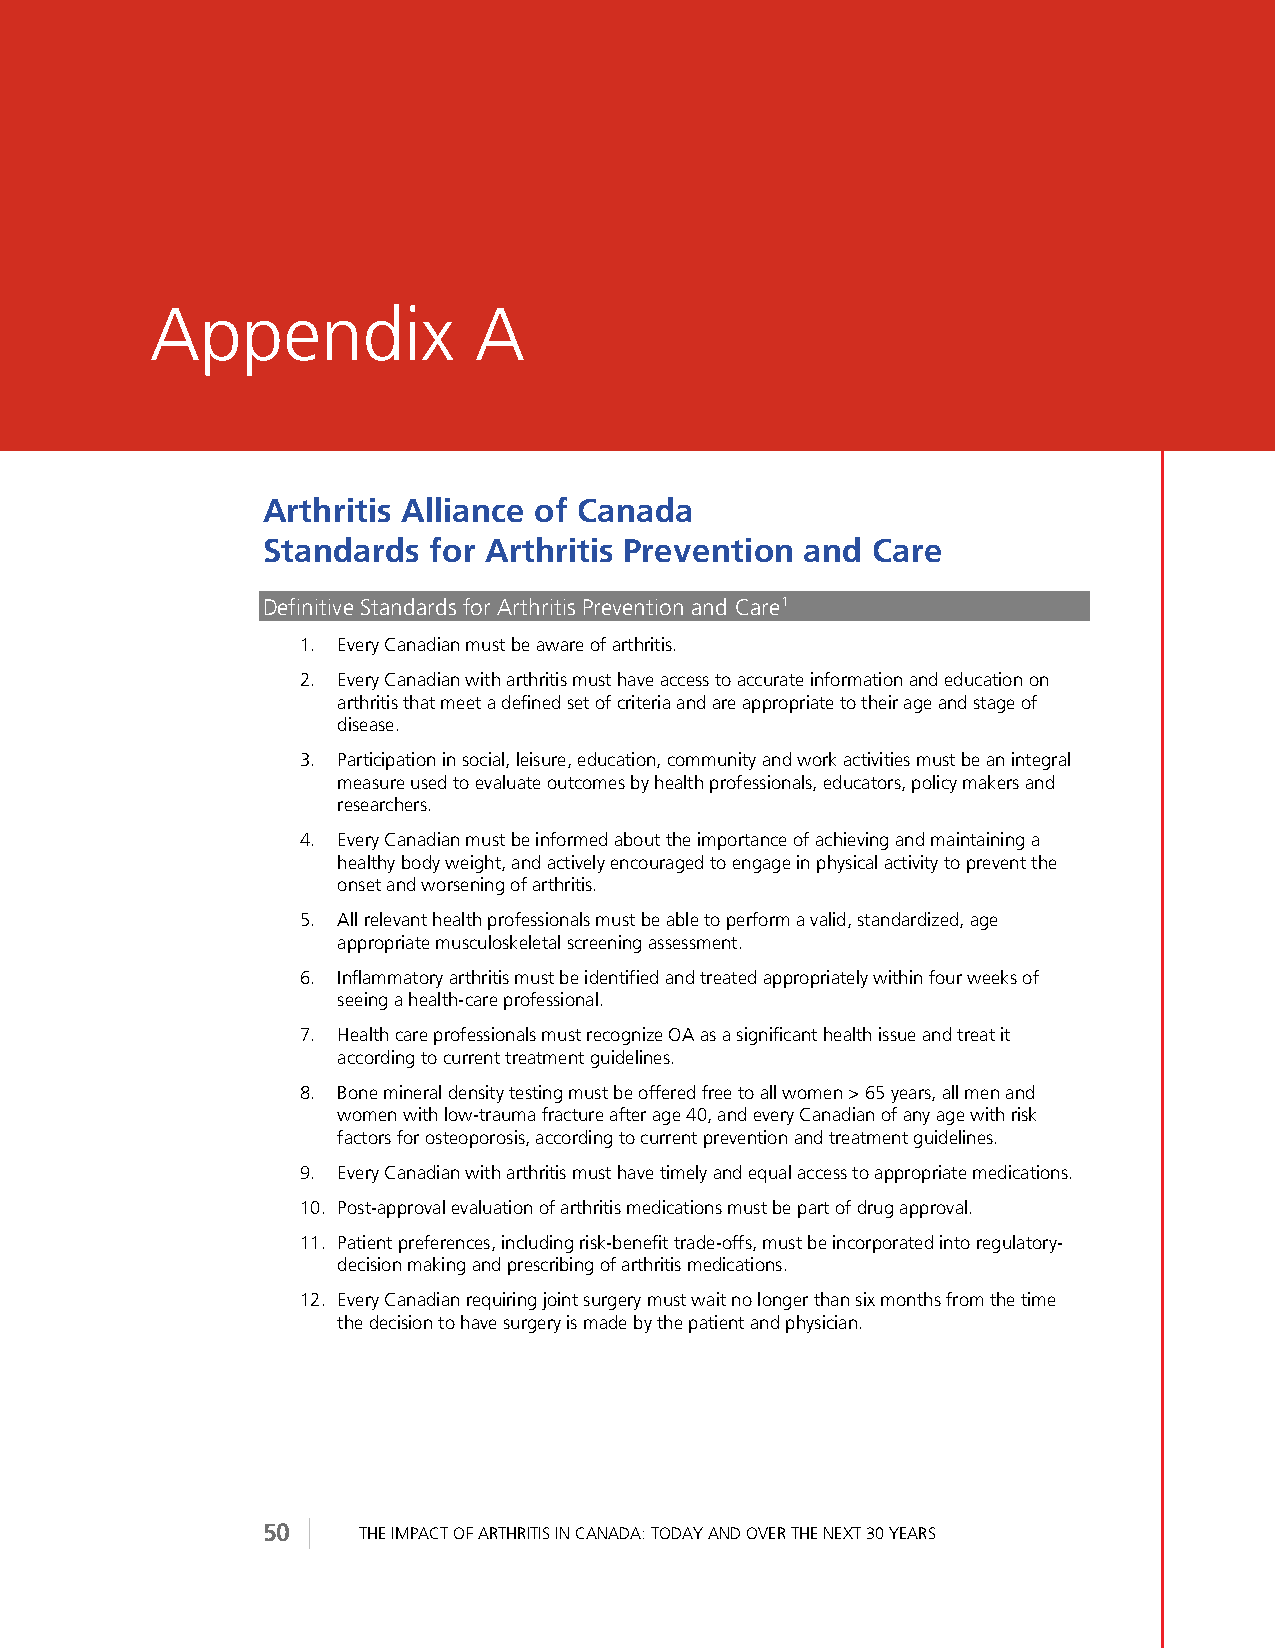
Appendix             A
 Arthritis Alliance of Canada
 Standards  for Arthritis Prevention and  Care
 Definitive Standards for Arthritis Prevention and Care1
 1. Every Canadian must be aware of arthritis.
 2. Every Canadian with arthritis must have access to accurate information and education on
 arthritis that meet a defined set of criteria and are appropriate to their age and stage of
 disease.
 3. Participation in social, leisure, education, community and work activities must be an integral
 measure used to evaluate outcomes by health professionals, educators, policy makers and
 researchers.
 4. Every Canadian must be informed about the importance of achieving and maintaining a
 healthy body weight, and actively encouraged to engage in physical activity to prevent the
 onset and worsening of arthritis.
 5. All relevant health professionals must be able to perform a valid, standardized, age
 appropriate musculoskeletal screening assessment.
 6. Inflammatory arthritis must be identified and treated appropriately within four weeks of
 seeing a health-care professional.
 7. Health care professionals must recognize OA as a significant health issue and treat it
 according to current treatment guidelines.
 8. Bone mineral density testing must be offered free to all women > 65 years, all men and
 women with low-trauma fracture after age 40, and every Canadian of any age with risk
 factors for osteoporosis, according to current prevention and treatment guidelines.
 9. Every Canadian with arthritis must have timely and equal access to appropriate medications.
 10. Post-approval evaluation of arthritis medications must be part of drug approval.
 11. Patient preferences, including risk-benefit trade-offs, must be incorporated into regulatory-
 decision making and prescribing of arthritis medications.
 12. Every Canadian requiring joint surgery must wait no longer than six months from the time
 the decision to have surgery is made by the patient and physician.
 50     THE IMPACT OF ARTHRITIS IN CANADA: TODAY AND OVER THE NEXT 30 YEARS